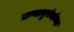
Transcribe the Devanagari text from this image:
ऋणानुबंधांच्या